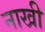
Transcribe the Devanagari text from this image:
नाखी